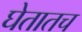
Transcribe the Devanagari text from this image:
घेतातच